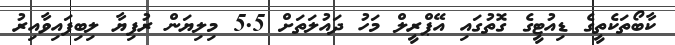
ކާބޯތަކެތީގެ ޑިއުޓީގެ ގޮތުގައި އޭޕްރީލް މަހު ދައުލަތަށް 5.5 މިލިޔަން ރުފިޔާ ލިބިފައިވާއިރު